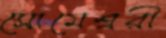
সোমেশ্বরী